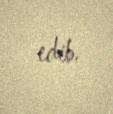
edib.